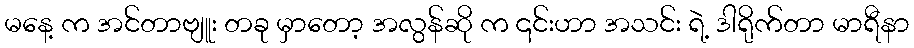
မနေ့ က အင်တာဗျူး တခု မှာတော့ အလွန်ဆို က ၎င်းဟာ အသင်း ရဲ့ ဒါရိုက်တာ မာရီနာ